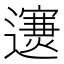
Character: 𨘄